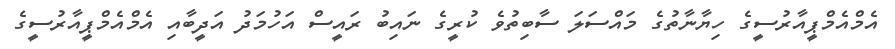
އެމްއެމްޕީއާރުސީގެ ހިޔާނާތުގެ މައްސަލަ ސާބިތުވެ ކުރީގެ ނައިބު ރައީސް އަހުމަދު އަދީބާއި އެމްއެމްޕީއާރުސީގެ